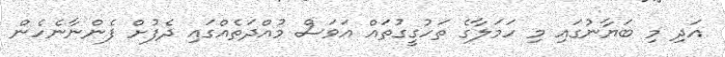
އަދި މި ބަޔާނުގައި މި ހަމަލާގެ ތަހުގީގުތައް އަވަސް މުއްދަތެއްގައި ދެފުށް ފެންނާނެހެން